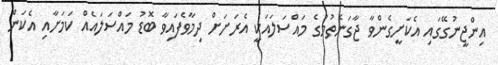
އިންޖީނުގޭގައި އެކަށީގެންވާ ޖާގަނެތުމުގެ މައްސަލައަކީ އެރަށަށް ދިމާވެފައިވާ ބޮޑު މައްސަލައެއް ކަމަށާއި އެކަން